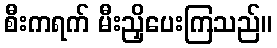
စီးကရက် မီးညှိပေးကြသည်။